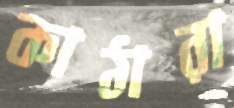
কাঠারা